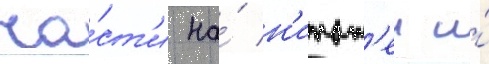
ча́ст'и на́ н'ижн'еи и́